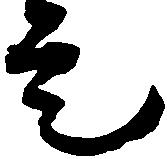
是